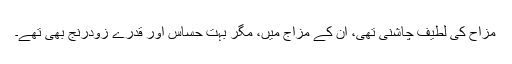
مزاح کی لطیف چاشنی تھی، ان کے مزاج میں، مگر بہت حساس اور قدرے زودرنج بھی تھے۔